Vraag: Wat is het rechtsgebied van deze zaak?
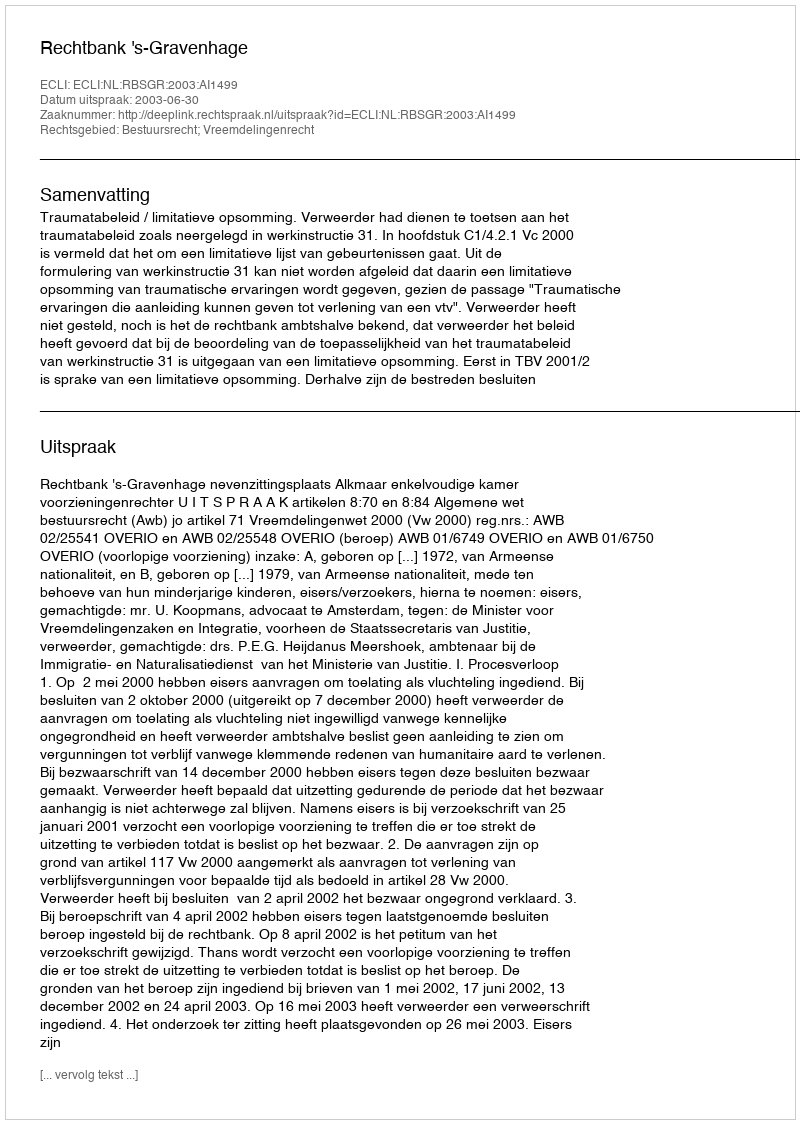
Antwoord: Bestuursrecht; Vreemdelingenrecht